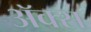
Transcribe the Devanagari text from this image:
अॅक्स